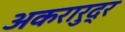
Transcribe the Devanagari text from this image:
अकरारुद्र